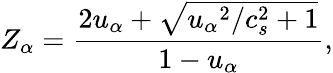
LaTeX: Z_{\alpha}=\frac{2u_{\alpha}+\sqrt{{u_{\alpha}}^{2}/c_{s}^{2}+1}}{1-u_{\alpha}},